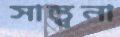
সান্ত্বনা